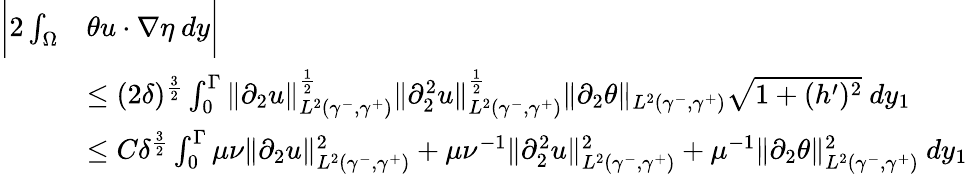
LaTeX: \begin{array}{rl}{\bigg|2\int_{\Omega}}&{\theta u\cdot\nabla\eta\ dy\bigg|}\\ &{\leq(2\delta)^{\frac{3}{2}}\int_{0}^{\Gamma}\| \partial_{2}u\| _{L^{2}(\gamma^{-},\gamma^{+})}^{\frac{1}{2}}\| \partial_{2}^{2}u\| _{L^{2}(\gamma^{-},\gamma^{+})}^{\frac{1}{2}}\| \partial_{2}\theta\| _{L^{2}(\gamma^{-},\gamma^{+})}\sqrt{1+(h^{\prime})^{2}}\ dy_{1}}\\ &{\leq C\delta^{\frac{3}{2}}\int_{0}^{\Gamma}\mu\nu\| \partial_{2}u\| _{L^{2}(\gamma^{-},\gamma^{+})}^{2}+\mu\nu^{-1}\| \partial_{2}^{2}u\| _{L^{2}(\gamma^{-},\gamma^{+})}^{2}+\mu^{-1}\| \partial_{2}\theta\| _{L^{2}(\gamma^{-},\gamma^{+})}^{2}\ dy_{1}}\end{array}